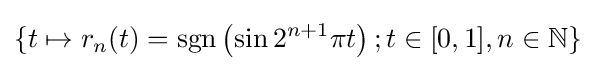
\{t\mapsto r_{n}(t)=\operatorname {sgn} \left(\sin 2^{n+1}\pi t\right);t\in [0,1],n\in \mathbb {N} \}